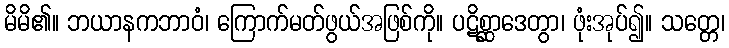
မိမိ၏။ ဘယာနကဘာဝံ၊ ကြောက်မတ်ဖွယ်အဖြစ်ကို။ ပဋိစ္ဆာဒေတွာ၊ ဖုံးအုပ်၍။ သတ္တေ၊